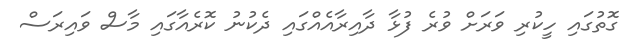
ގޮތުގައި ހީކުރި ވަރަށް ވުރެ ފުޅާ ދާއިރާއެއްގައި ދެކުނު ކޮރެއާގައި މާސް ވައިރަސް